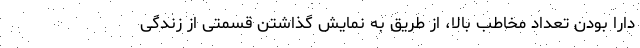
دارا بودن تعداد مخاطب بالا، از طریق به نمایش گذاشتن قسمتی از زندگی